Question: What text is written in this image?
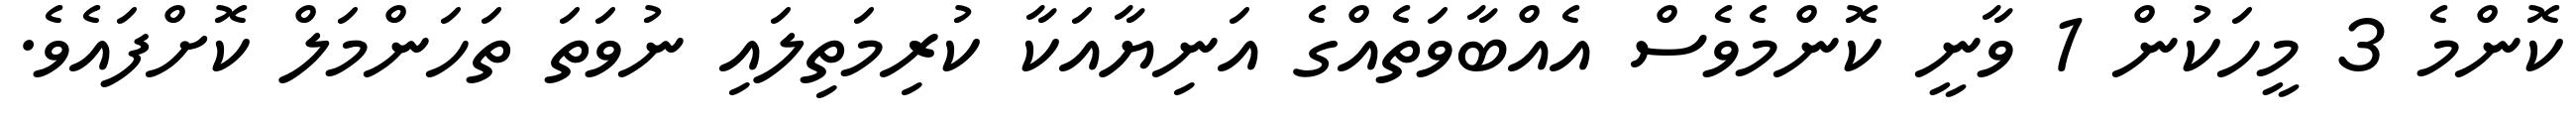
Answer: ކޮންމެ 3 މީހަކުން 1 ވާނީ ކޮންމެވެސް އެއްބާވަތެއްގެ އަނިޔާއަކާ ކުރިމަތިލައި ނުވަތަ ތަހަންމަލް ކޮށްފައެވެ.